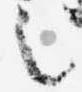
言